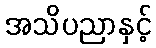
အသိပညာနှင့်